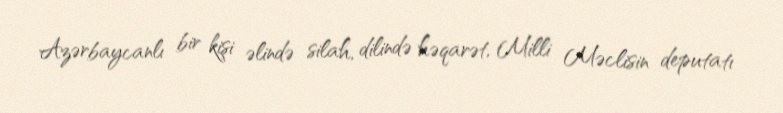
Azərbaycanlı bir kişi əlində silah, dilində həqarət, Milli Məclisin deputatı